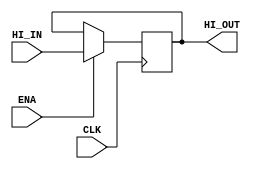
`timescale 1ns / 1ps
module HI
(
	CLK,
    ENA,
    HI_IN,
    HI_OUT
);
    input CLK;
	input ENA;
	input [31:0]HI_IN;
	output [31:0]HI_OUT;

	reg [31:0]hi = 32'b0;
	always @(negedge CLK) begin
		if(ENA) begin
			hi <= HI_IN;
		end else begin
			hi <= hi;
		end
	end

	assign HI_OUT = hi;
endmodule